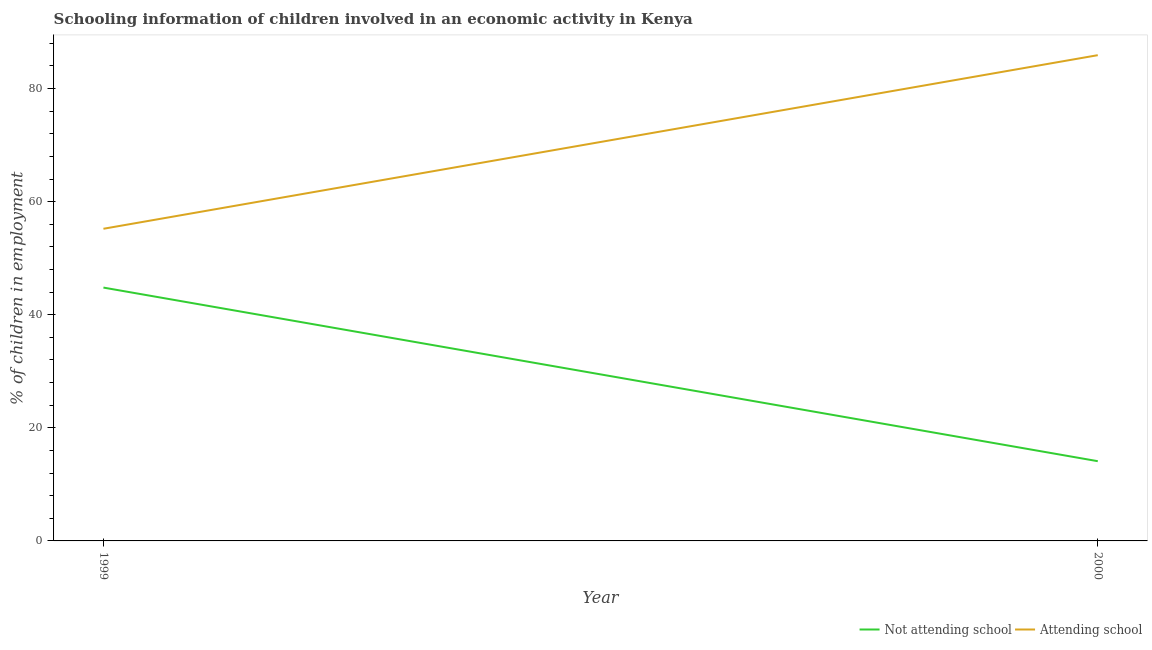
| Year | Not attending school | Attending school |
 | --- | --- | --- |
 | 1999 | 44.8 | 55.2 |
 | 2000 | 14.1 | 85.9 |